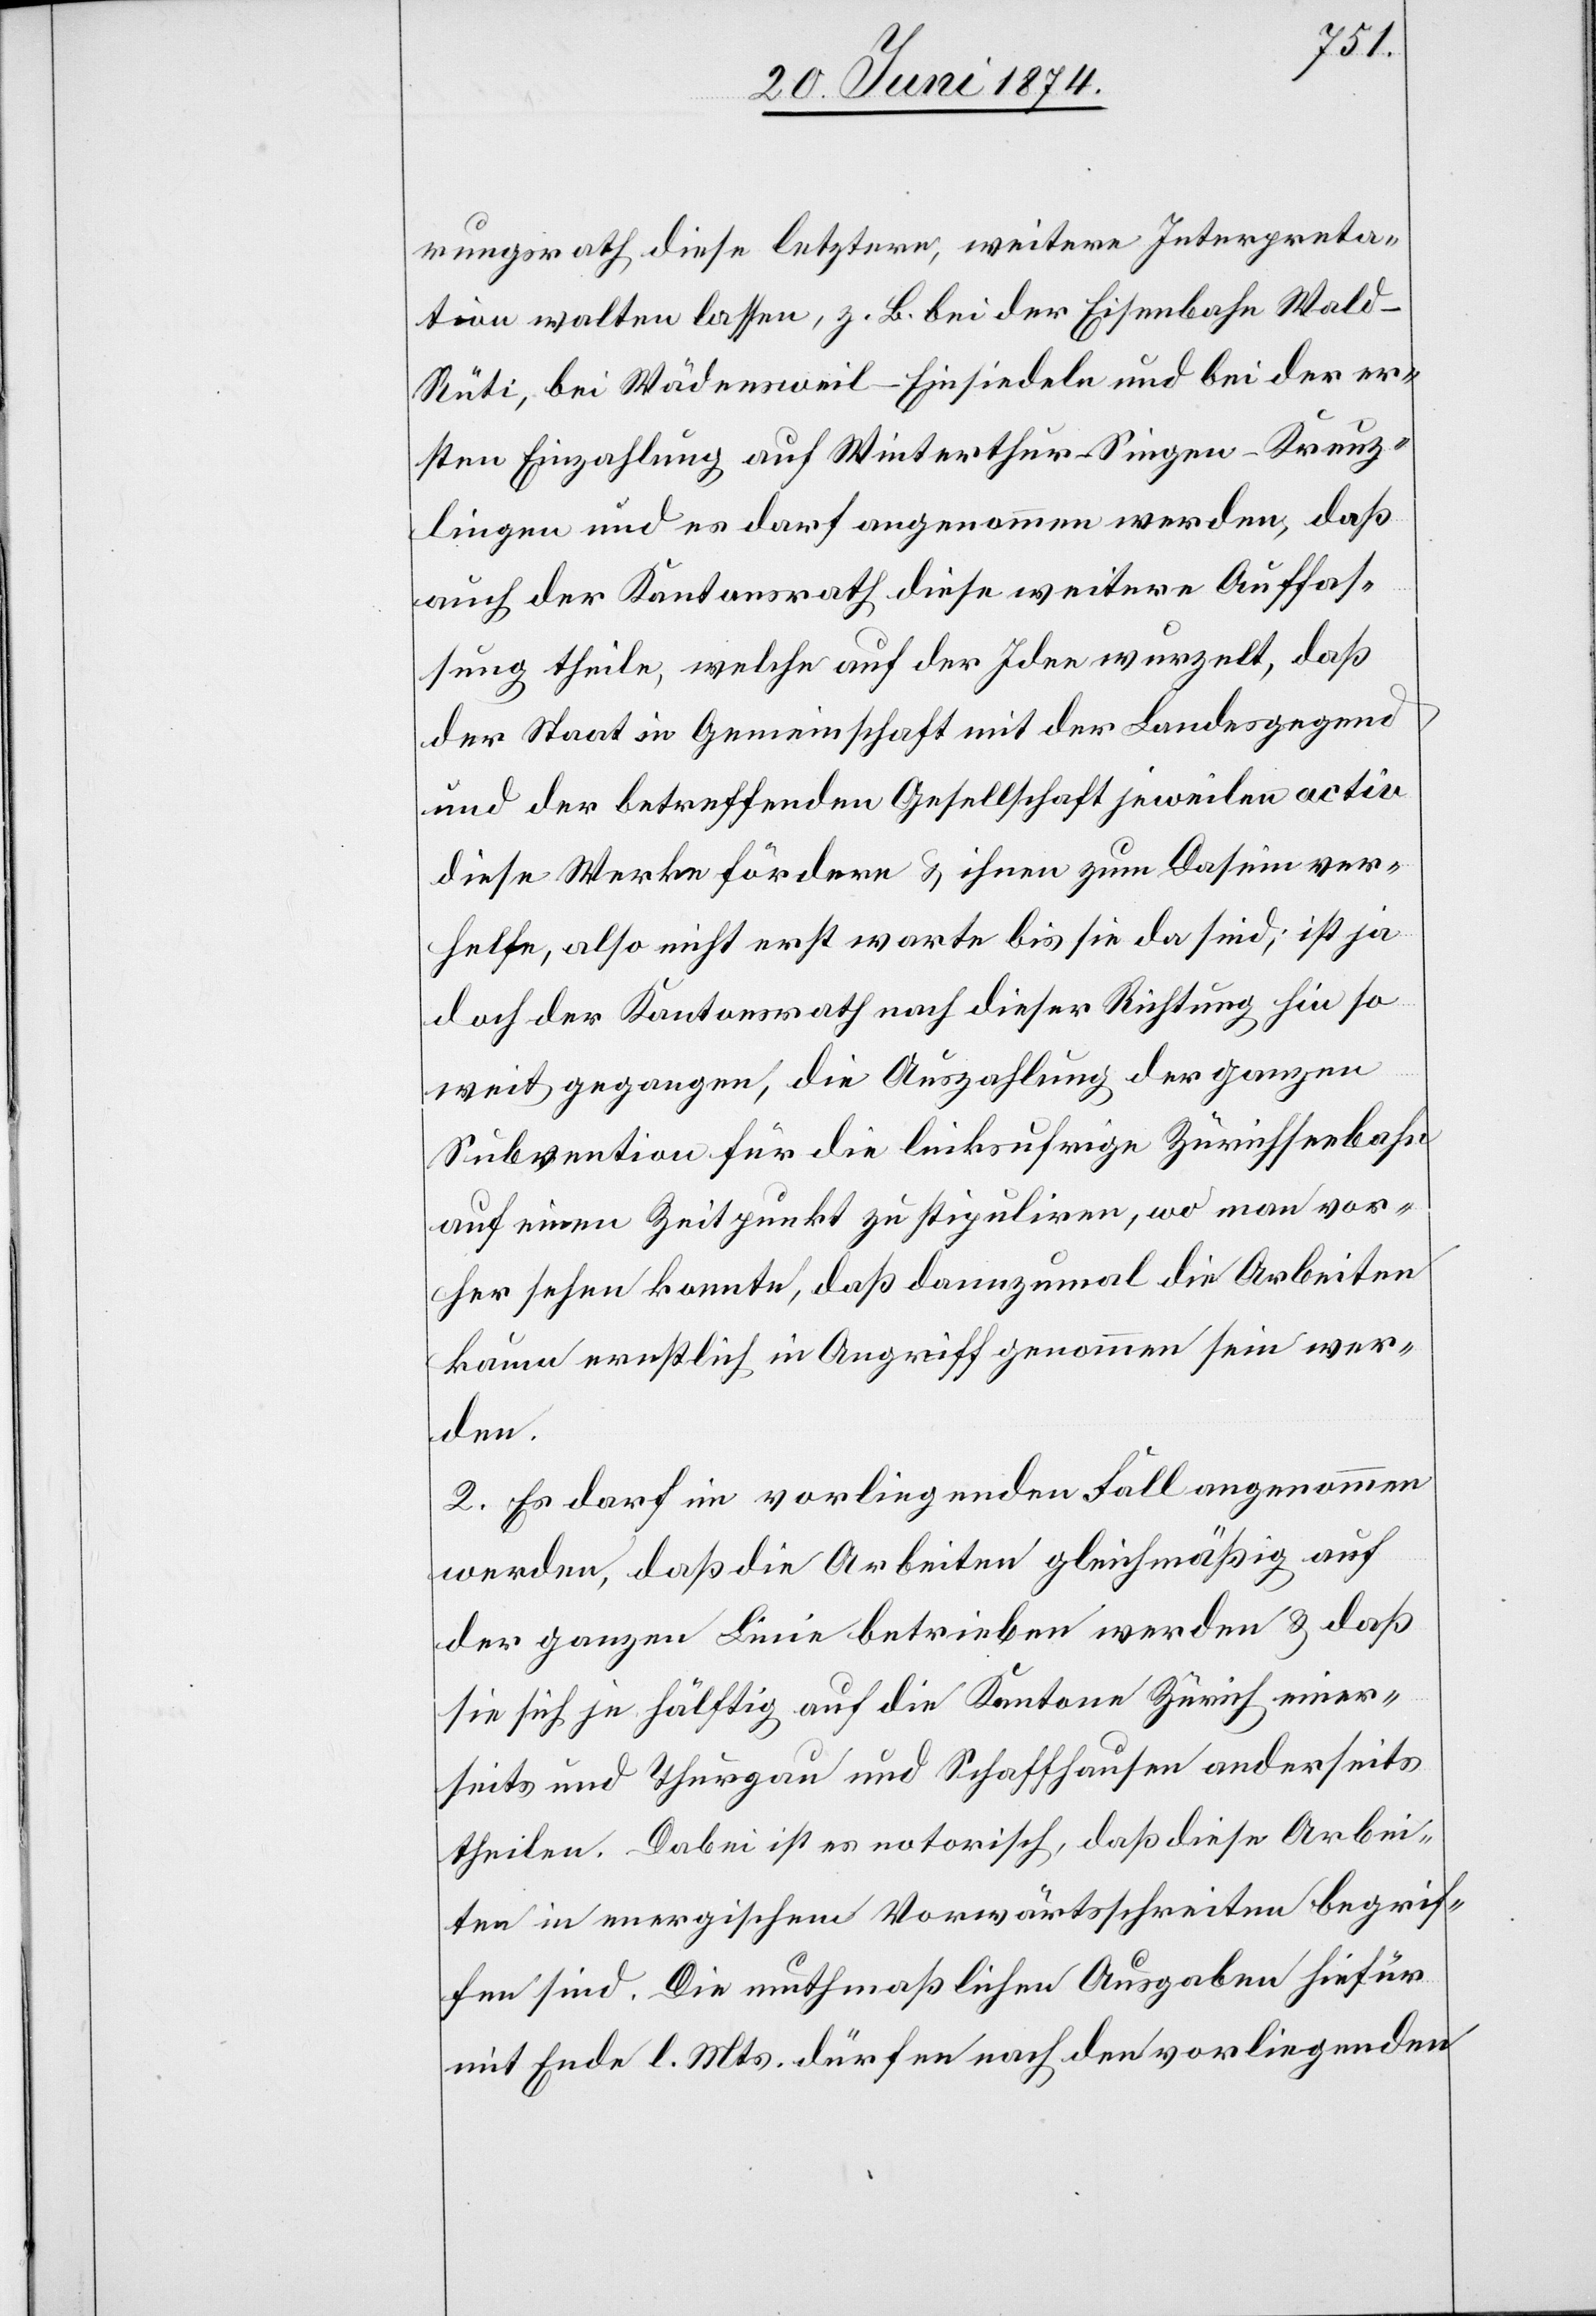
rungsrath diese letztere, weitere Interpreta¬
tion walten lassen, z. B. bei der Eisenbahn Wal¬
d-Rüti, bei Wädensweil-Einsiedeln und bei der er¬
sten Einzahlung auf Winterthur-Singen-Kreuz¬
lingen und es darf angenommen werden, daß
auch der Kantonsrath diese weitere Auffas¬
sung theile, welche auf der Idee wurzelt, daß
der Staat in Gemeinschaft mit der Landesgegend
und der betreffenden Gesellschaft jeweilen activ
diese Werke fördern u. ihnen zum Dasein ver¬
helfe, also nicht erst warte bis sie da sind; ist ja
doch der Kantonsrath nach dieser Richtung hin so
weit gegangen, die Auszahlung der ganzen
Subvention für die linksufrige Zürichseebahn
auf einen Zeitpunkt zu stipuliren, wo man vor¬
her sehen konnte, daß dannzumal die Arbeiten
kaum erstlich in Angriff genommen sein wer¬
den.
2. Es darf im vorliegenden Fall angenommen
werden, daß die Arbeiten gleichmäßig auf
der ganzen Linie betrieben werden u. daß
sie sich je hälftig auf die Kantone Zürich einer¬
seits und Thurgau und Schaffhausen anderseits
theilen. Dabei ist es notorisch, daß diese Arbei¬
ten in energischem Vorwärtsschreiten begrif¬
fen sind. Die muthmaßlichen Ausgaben hiefür
mit Ende l. Mts. dürfen nach den vorliegenden